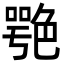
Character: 𦫩